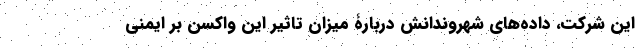
این شرکت، داده‌های شهروندانش دربارۀ میزان تاثیر این واکسن بر ایمنی